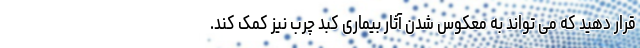
قرار دهید که می تواند به معکوس شدن آثار بیماری کبد چرب نیز کمک کند.